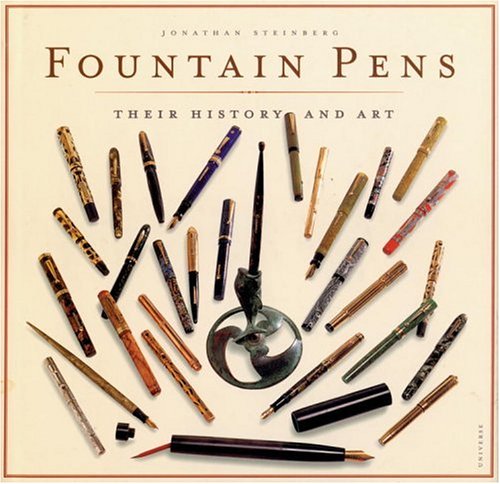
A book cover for Fountain Pens: Their History and Art; Jonathan Steinberg; Crafts, Hobbies & Home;